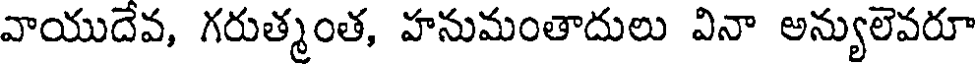
వాయుదేవ, గరుత్మంత, హనుమంతాదులు వినా అన్యులెవరూ